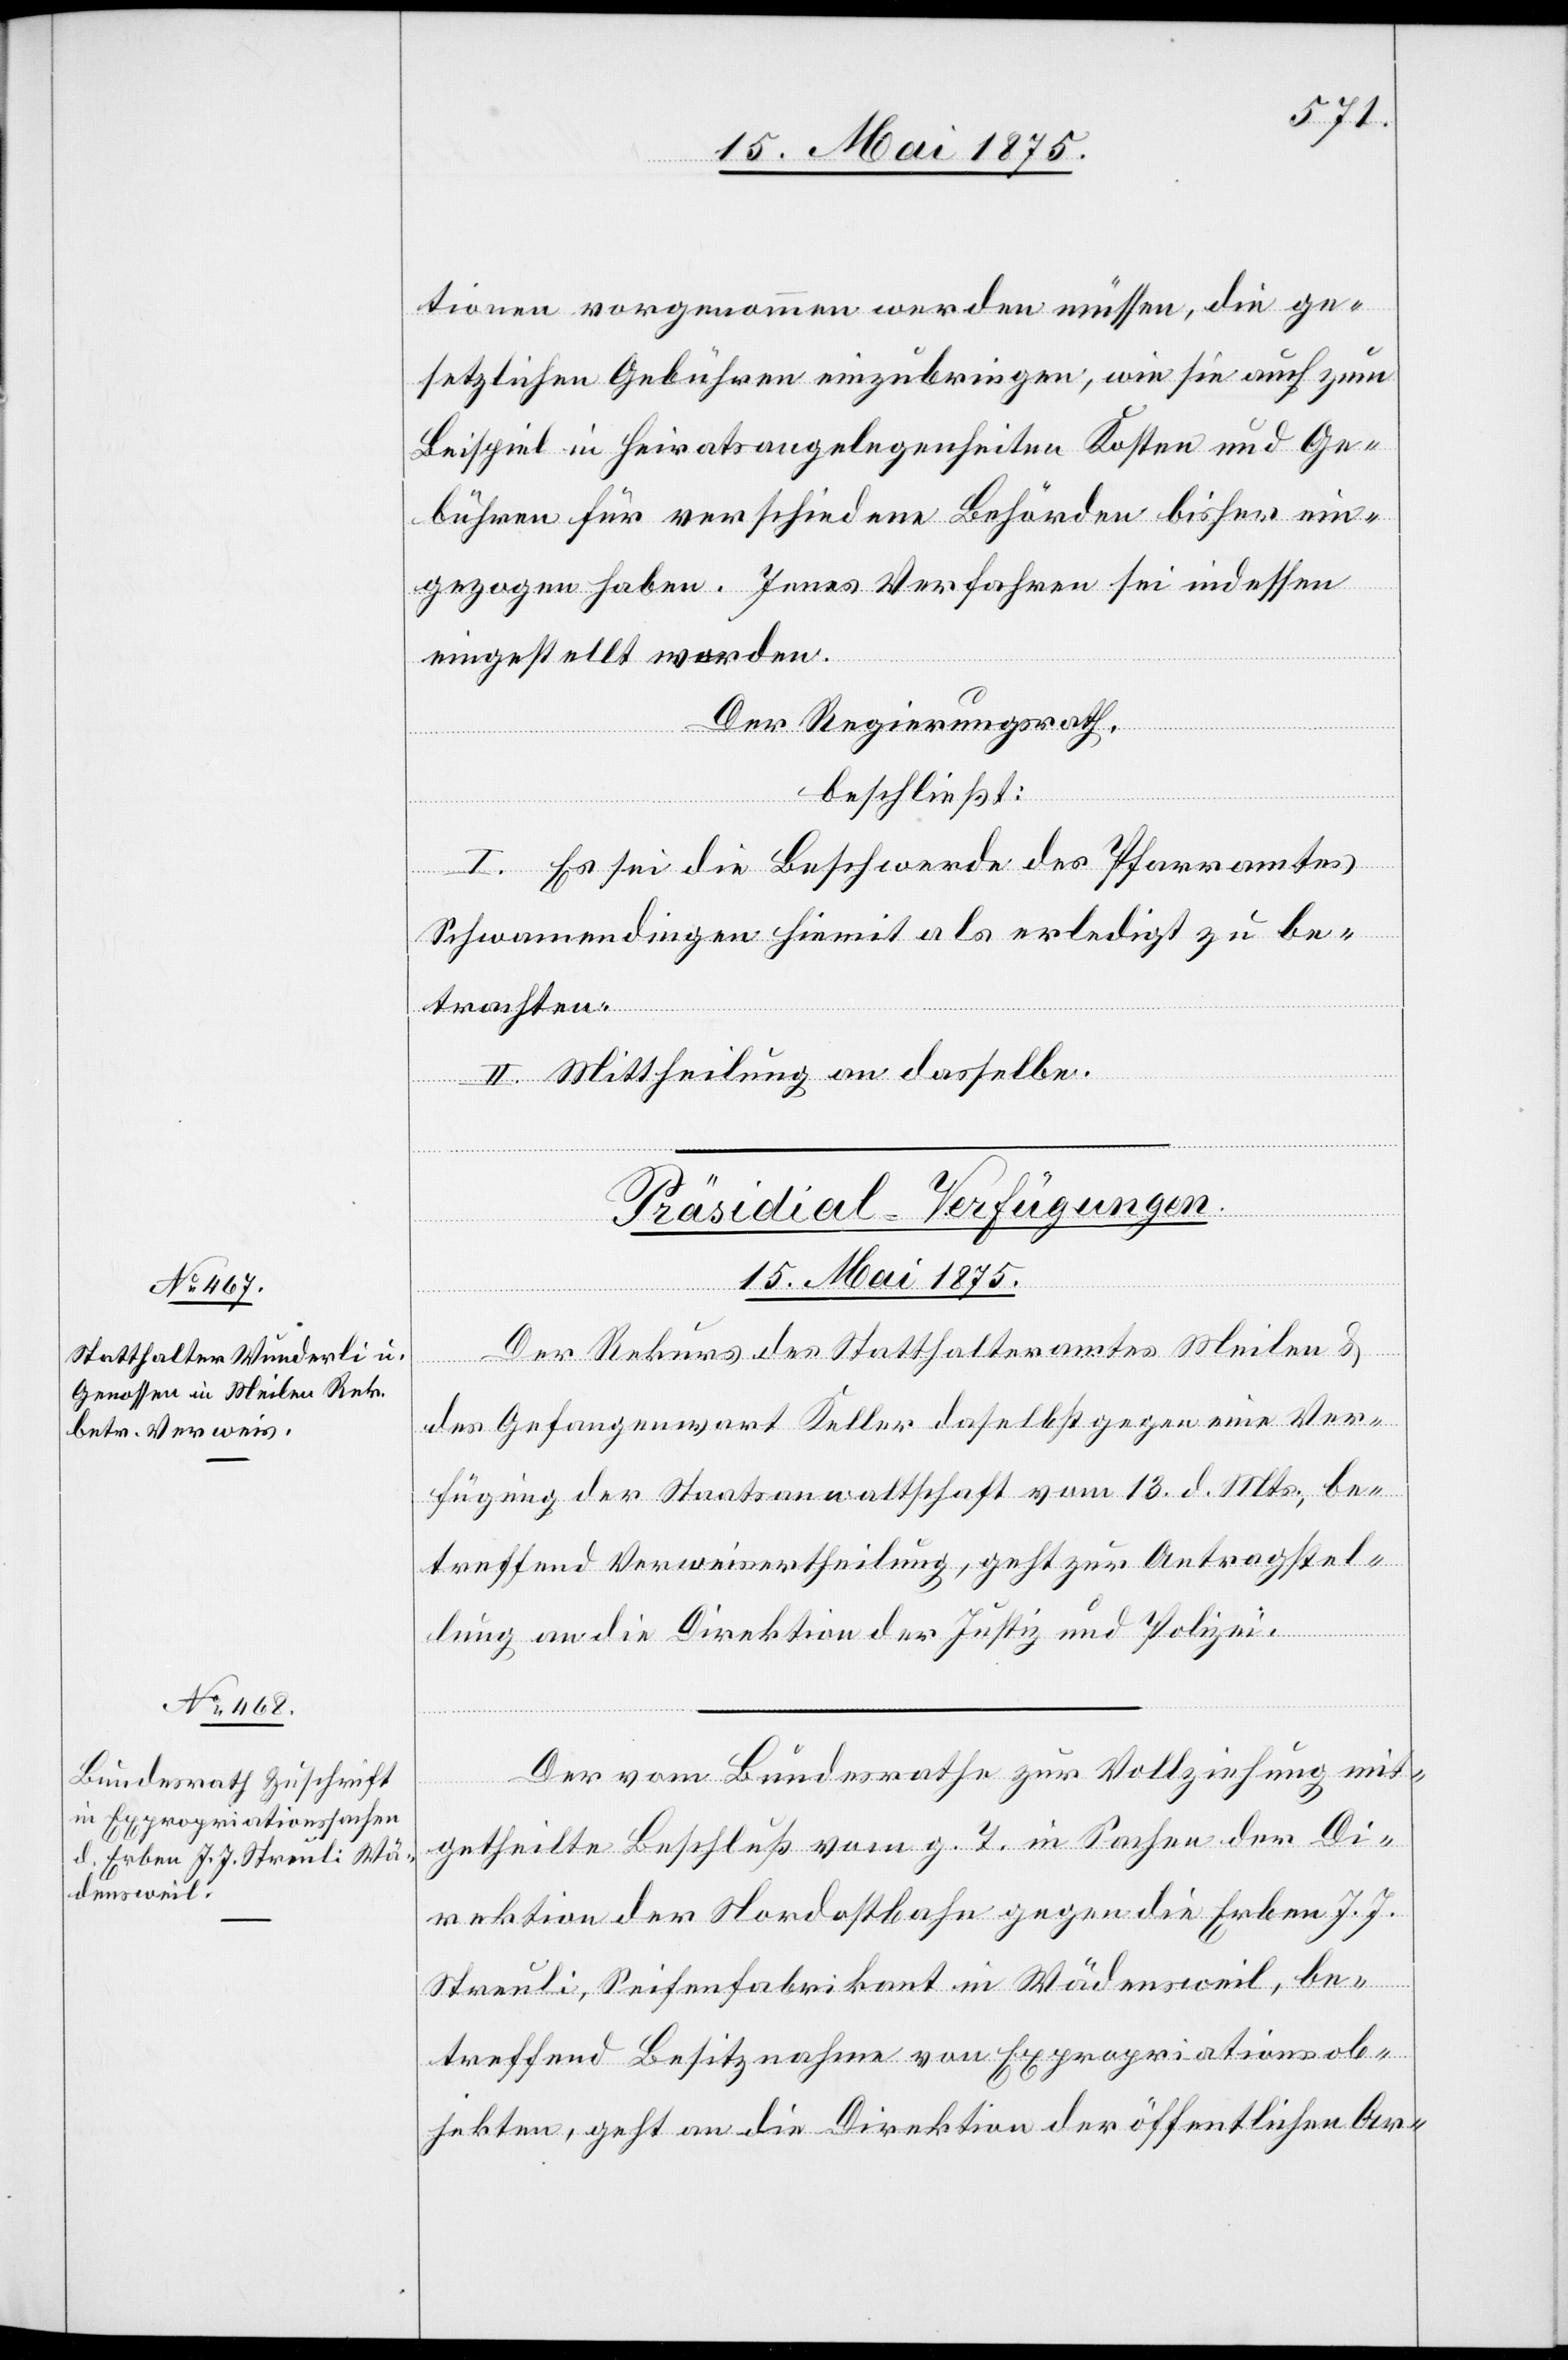
15. Mai 1875.
tionen vorgenommen werden müssen, die ge¬
setzlichen Gebühren einzubringen, wie sie auch zum
Beispiel in Heiratsangelegenheiten Kosten und Ge¬
bühren für verschiedene Behörden bisher ein¬
gezogen haben. Jenes Verfahren sei indessen
eingestellt worden.
Der Regierungsrath,
beschließt:
I. Es sei die Beschwerde des Pfarramtes
Schwamendingen hiemit als erledigt zu be¬
trachten.
II. Mittheilung an dasselbe.
Präsidial-Verfügungen
Der Rekurs des Statthalteramtes Meilen &
des Gefangenwart Keller daselbst gegen eine Ver¬
fügung der Staatsanwaltschaft vom 13. d. Mts. be¬
treffend Verweisertheilung geht zur Antragstel¬
lung an die Direktion der Justiz und Polizei.
Der vom Bundesrathe zur Vollziehung mit¬
getheilte Beschluß vom g. T. in Sachen der Di¬
rektion der Nordostbahn gegen die Erben J. J.
Streuli, Seifenfabrikant in Wädensweil, be¬
treffend Besitznahme von Expropriationsob¬
jekten, geht an die Direktion der öffentlichen Ar-